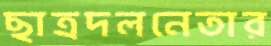
ছাত্রদলনেতার